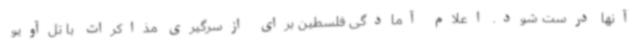
آنها درست شود. اعلام آمادگی فلسطین برای ازسرگیری مذاکرات با تل‌آویو